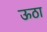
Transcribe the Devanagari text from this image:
ऊठा